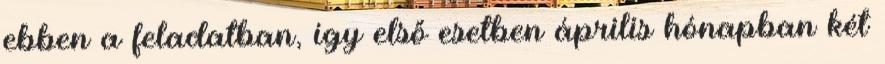
ebben a feladatban, így első esetben április hónapban két